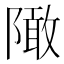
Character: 䧩